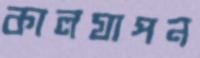
কালযাপন